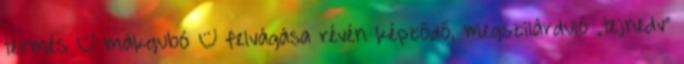
termés – mákgubó – felvágása révén képződő, megszilárduló „tejnedv”